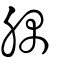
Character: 腢